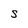
Character: S